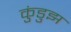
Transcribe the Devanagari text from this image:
कुंडुझ